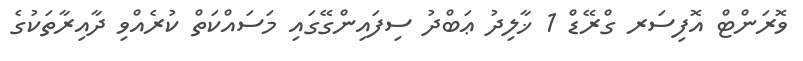
ވޮރަންޓް އޮފިސަރ ގްރޭޑް 1 ޚާލިދު ޢަބްދު ސިފައިންގޭގައި މަސައްކަތް ކުރެއްވި ދާއިރާތަކުގެ